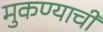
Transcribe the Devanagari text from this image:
मुकण्याची